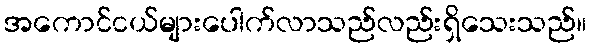
အကောင်ငယ်များပေါက်လာသည်လည်းရှိသေးသည်။